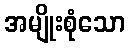
အမျိုးစုံသော